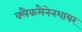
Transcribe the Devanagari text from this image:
क्लैकमैनेनशायर